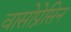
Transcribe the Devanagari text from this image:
वासोप्रेसिन